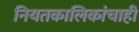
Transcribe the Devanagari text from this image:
नियतकालिकांचाही